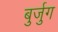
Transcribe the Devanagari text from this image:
बुर्जुग